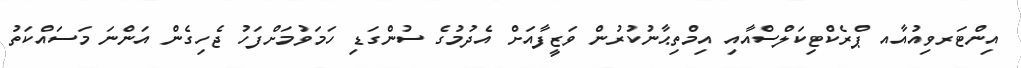
އިންޓަރވިއުއާއ ޕްރެކްޓިކަލްސްއާއި އިމްތިޙާނުކުރުން ވަޒީފާއަށް އެދުމުގެ ސުންގަޑި ހަމަވުމަށްފަހު ޖެހިގެން އަންނަ މަސައްކަތު